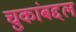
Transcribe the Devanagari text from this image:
चुकांबद्दल